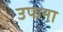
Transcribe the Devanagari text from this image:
उफना